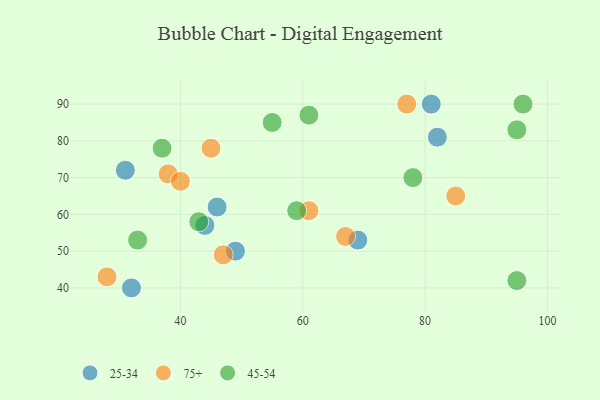
{"axis": {"x": "GDP", "y": "Life Expectancy"}, "legend": ["25-34", "45-54", "75+"], "data": [{"x": "69", "y": 53, "type": "25-34"}, {"x": "31", "y": 72, "type": "25-34"}, {"x": "46", "y": 62, "type": "25-34"}, {"x": "32", "y": 40, "type": "25-34"}, {"x": "49", "y": 50, "type": "25-34"}, {"x": "44", "y": 57, "type": "25-34"}, {"x": "81", "y": 90, "type": "25-34"}, {"x": "82", "y": 81, "type": "25-34"}, {"x": "45", "y": 78, "type": "75+"}, {"x": "28", "y": 43, "type": "75+"}, {"x": "85", "y": 65, "type": "75+"}, {"x": "38", "y": 71, "type": "75+"}, {"x": "47", "y": 49, "type": "75+"}, {"x": "61", "y": 61, "type": "75+"}, {"x": "77", "y": 90, "type": "75+"}, {"x": "67", "y": 54, "type": "75+"}, {"x": "40", "y": 69, "type": "75+"}, {"x": "55", "y": 85, "type": "45-54"}, {"x": "33", "y": 53, "type": "45-54"}, {"x": "59", "y": 61, "type": "45-54"}, {"x": "95", "y": 83, "type": "45-54"}, {"x": "96", "y": 90, "type": "45-54"}, {"x": "61", "y": 87, "type": "45-54"}, {"x": "95", "y": 42, "type": "45-54"}, {"x": "37", "y": 78, "type": "45-54"}, {"x": "78", "y": 70, "type": "45-54"}, {"x": "43", "y": 58, "type": "45-54"}]}